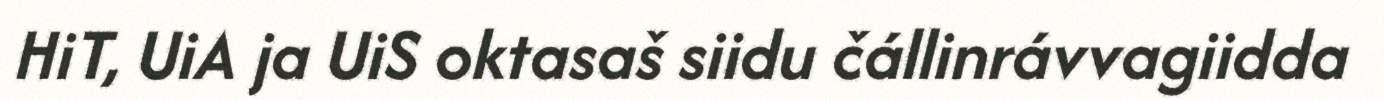
HiT, UiA ja UiS oktasaš siidu čállinrávvagiidda